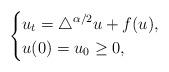
LaTeX: \begin{align*} \ \left\{\begin{aligned}&u_{t}=\triangle^{\alpha/2}u+f(u),\\&u(0)=u_{0}\geq 0,\end{aligned}\right.\end{align*}